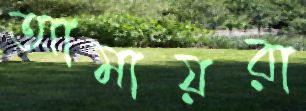
আমায়রা